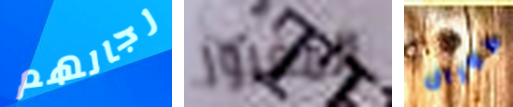
رجالهم المغرور كورال